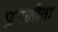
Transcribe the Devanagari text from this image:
पुनलौता